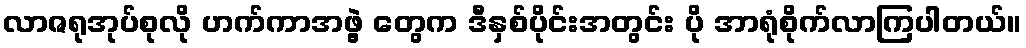
လာဇရုအုပ်စုလို ဟက်ကာအဖွဲ့ တွေက ဒီနှစ်ပိုင်းအတွင်း ပို အာရုံစိုက်လာကြပါတယ်။